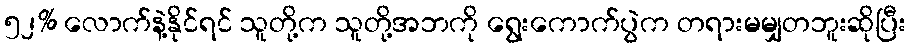
၅၂% လောက်နဲ့နိုင်ရင် သူတို့က သူတို့အဘကို ရွေးကောက်ပွဲက တရားမမျှတဘူးဆိုပြီး